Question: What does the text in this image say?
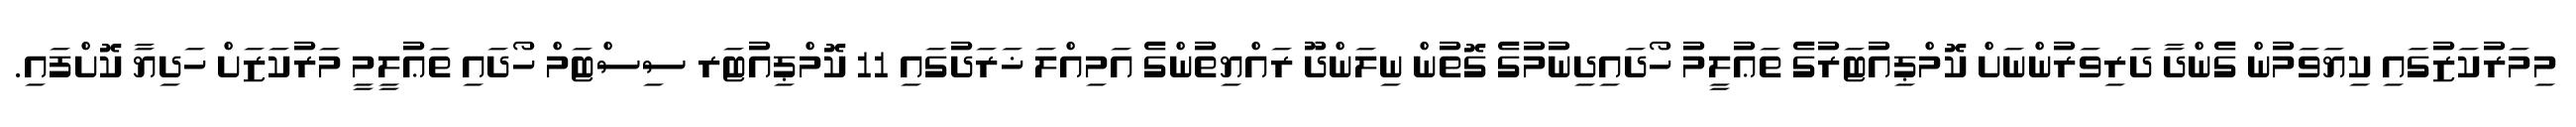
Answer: މިމަރުކަޒުގައި ކިޔަވަމުން ގެންދާ ދަރިވަރުންނަށް ކޮމްޕިއުޓަރުގެ ތަޢުލީމު ހޯދައިދިނުމުގެ ގޮތުން ނިލަންދޫ ރައްޔިތުންގެ އަމިއްލަ ޚަރަދުގައި 11 ކޮމްޕިއުޓަރ ސިސްޓަމް ހޯދައި ތަޢުލީމީ މަރުކަޒަށް ހަދިޔާ ކޮށްފައި.